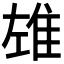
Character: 𨾬